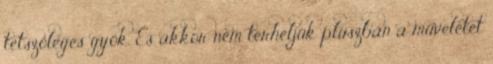
tetszőleges gyök. És akkor nem terheljük pluszban a műveletet